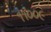
૧૧૦૦૯